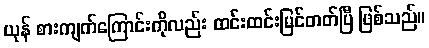
ယုန် စားကျက်ကြောင်းကိုလည်း ထင်းထင်းမြင်တတ်ပြီ ဖြစ်သည်။